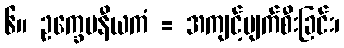
၆။ ဥက္ခေပနီယကံ = အကျင့်ပျက်စီးခြင်း၊